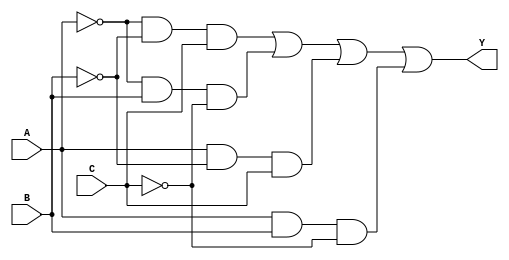
module sop_simplification (
    input wire A,      // Input variable A
    input wire B,      // Input variable B
    input wire C,      // Input variable C
    output wire Y      // Output of the simplified SOP expression
);

// Define the minterms for the function
// For example, let's assume the minterms are 1, 2, 5, and 6 (in binary: 001, 010, 101, 110)
wire m1 = (~A & ~B & C);  // minterm 1 (A'B'C)
wire m2 = (~A & B & ~C);   // minterm 2 (A'BC')
wire m5 = (A & ~B & C);    // minterm 5 (AB'C)
wire m6 = (A & B & ~C);     // minterm 6 (ABC')

// Combine the minterms using OR gates to form the SOP expression
assign Y = m1 | m2 | m5 | m6;

endmodule